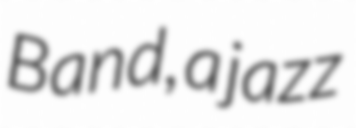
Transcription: Band, a jazz